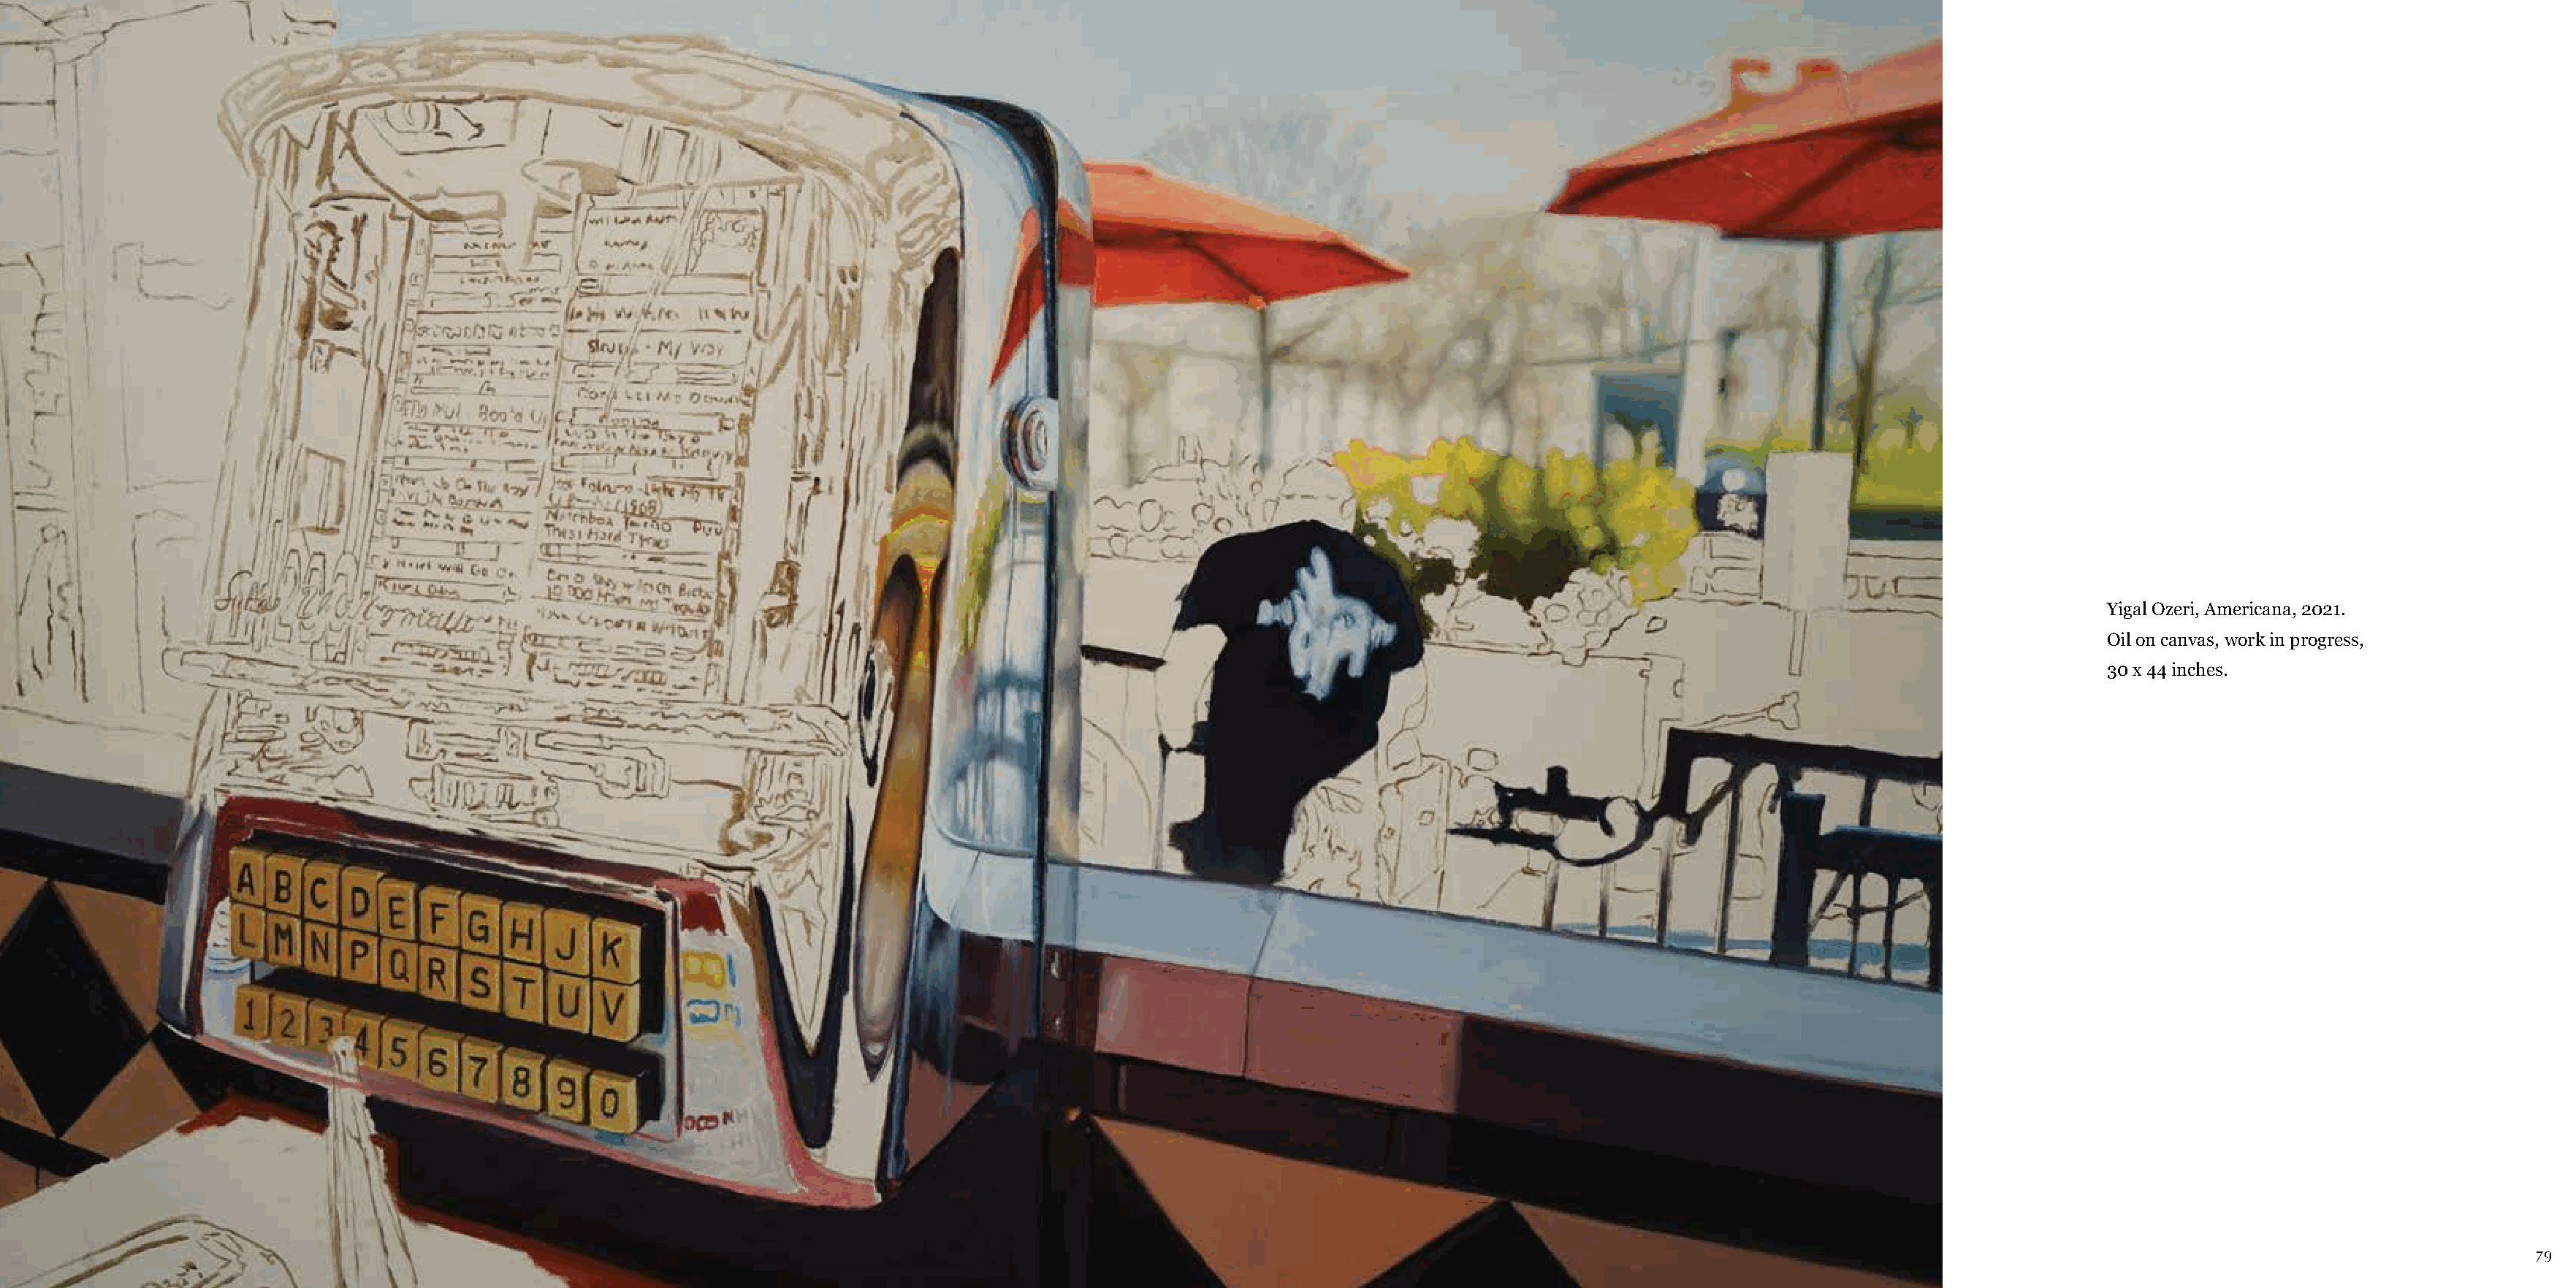
Yigal Ozeri, Americana, 2021.
 Oil on canvas, work in progress,
 30 x 44 inches.
 78                                                                                                                                                                                                                                  79